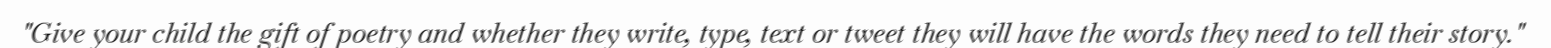
"Give your child the gift of poetry and whether they write, type, text or tweet they will have the words they need to tell their story."